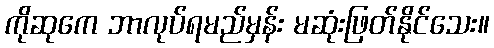
ကိုဆုကေ ဘာလုပ်ရမည်မှန်း မဆုံးဖြတ်နိုင်သေး။